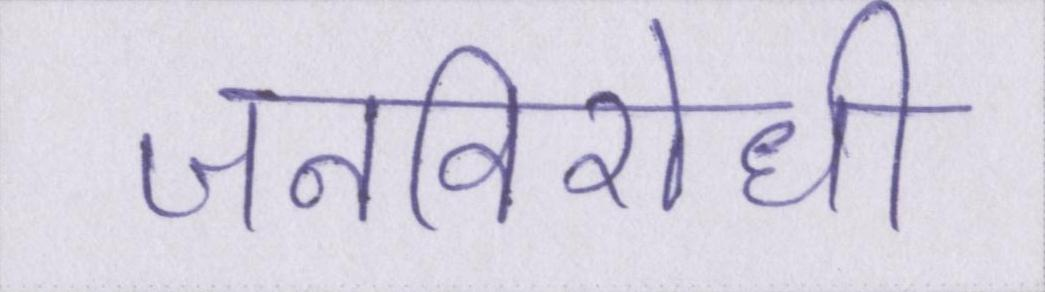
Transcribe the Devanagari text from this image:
जनविरोधी